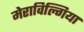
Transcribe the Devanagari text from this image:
मेराविल्गिया